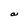
Character: a